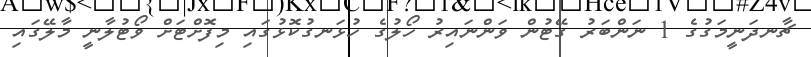
ޗާނދަނީމަގުގެ 1 ނަންބަރު ގޭޓުން ވަންނައިރު ހޯލުގެ ހުޅަނގުކޮޅުގައި މިފޮށްޓަށް ވޯޓުލާނީ މާލޭގައި